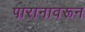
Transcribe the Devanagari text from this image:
पारानावरून